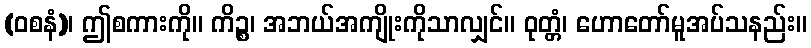
(ဝစနံ)၊ ဤစကားကို။ ကိဉ္စ၊ အဘယ်အကျိုးကိုသာလျှင်။ ဝုတ္တံ၊ ဟောတော်မူအပ်သနည်း။